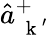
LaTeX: \hat{a}_{\mathrm{~\mathbf~k~}^{\prime}}^{+}